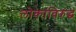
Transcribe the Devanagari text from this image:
लोकांविरुद्ध